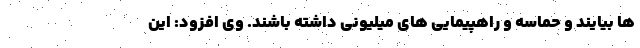
ها بیایند و حماسه و راهپیمایی های میلیونی داشته باشند. وی افزود: این